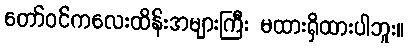
တော်ဝင်ကလေးထိန်းအများကြီး မထားရှိထားပါဘူး။